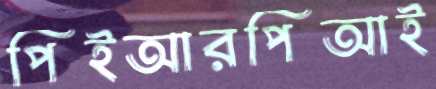
পিইআরপিআই